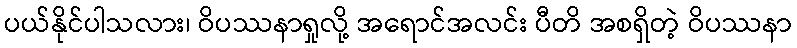
ပယ်နိုင်ပါသလား၊ ဝိပဿနာရှုလို့ အရောင်အလင်း ပီတိ အစရှိတဲ့ ဝိပဿနာ